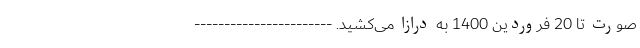
صورت تا 20 فروردین 1400 به درازا می‌کشید. -----------------------